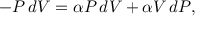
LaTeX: - P \, d V = \alpha P \, d V + \alpha V \, d P ,